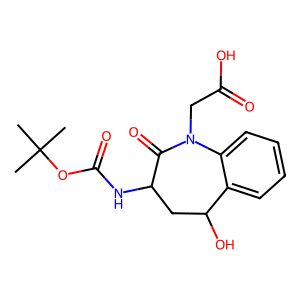
SMILES: CC(C)(C)OC(=O)NC1CC(O)c2ccccc2N(CC(=O)O)C1=O
Inhibits HIV replication: No